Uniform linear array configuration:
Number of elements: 48
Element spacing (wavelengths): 0.75
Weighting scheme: uniform
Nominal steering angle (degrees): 0
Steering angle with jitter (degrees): -1.341
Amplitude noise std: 0.05
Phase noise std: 0.05

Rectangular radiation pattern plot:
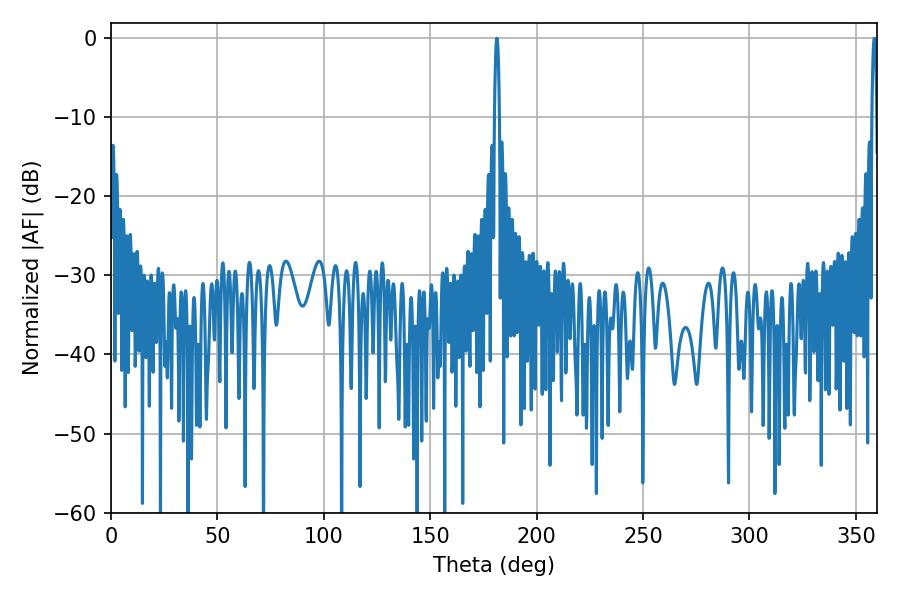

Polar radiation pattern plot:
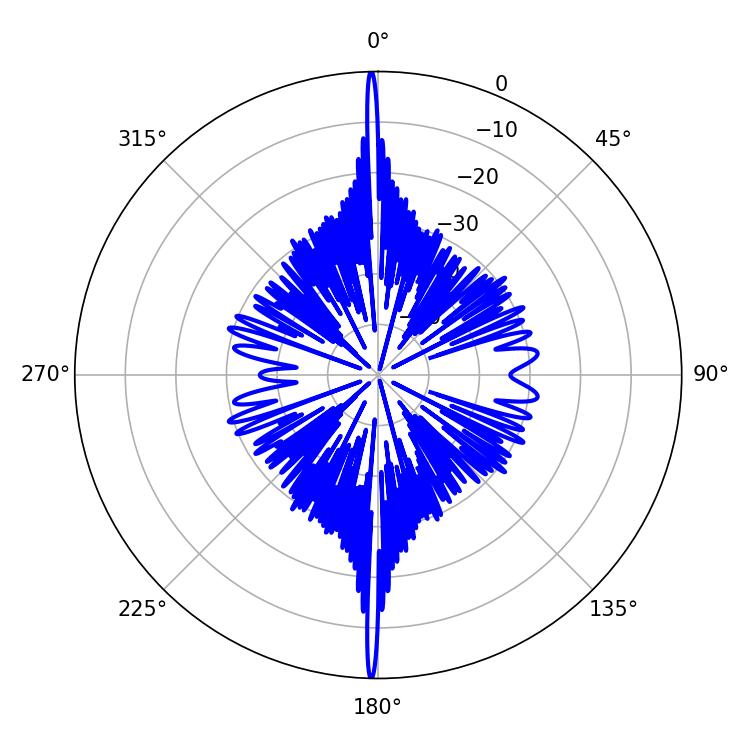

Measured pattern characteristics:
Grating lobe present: TRUE
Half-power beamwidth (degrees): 1.26
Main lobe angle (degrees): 181.26